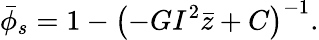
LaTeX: \bar{\phi}_{s}=1-\bigl(-GI^{2}\bar{z}+C\bigr)^{-1}.